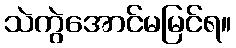
သဲကွဲအောင်မမြင်ရ။